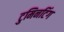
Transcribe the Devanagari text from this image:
टुमिनटिंग